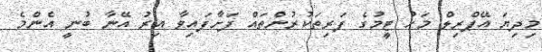
މިދިޔަ އޭޕްރިލް މަހު ޓީމުގެ ފަރިތަކުރުންތައް ފަށާފައިވާ އިރު އޭނާ ބުނީ އެންމެ